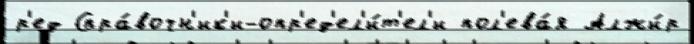
р'ед Спра́вочн'ик'и-опр'ед'ел'и́т'ел'и пол'ева́я Алжи́р